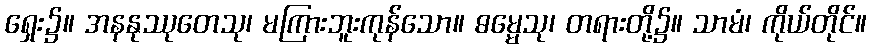
ရှေး၌။ အနနုဿုတေသု၊ မကြားဘူးကုန်သော။ ဓမ္မေသု၊ တရားတို့၌။ သာမံ၊ ကိုယ်တိုင်။